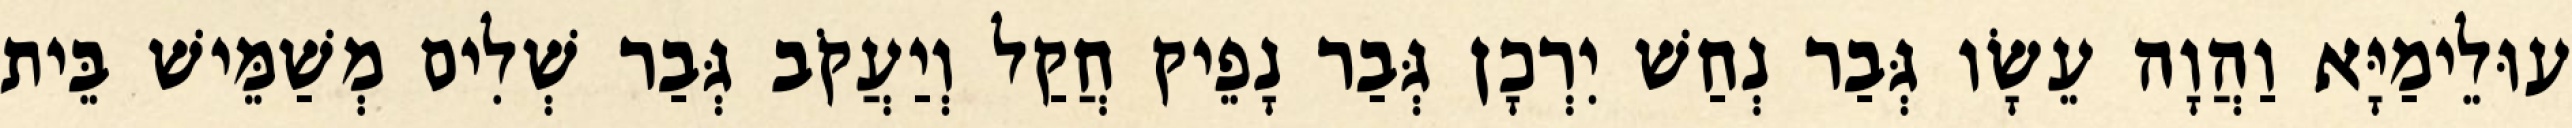
עוּלֵימַיָּא וַהֲוָה עֵשָׂו גְּבַר נְחַשׁ יִרְכָן גְּבַר נָפֵיק חֲקַל וְיַעֲקֹב גְּבַר שְׁלִים מְשַׁמֵּישׁ בֵּית